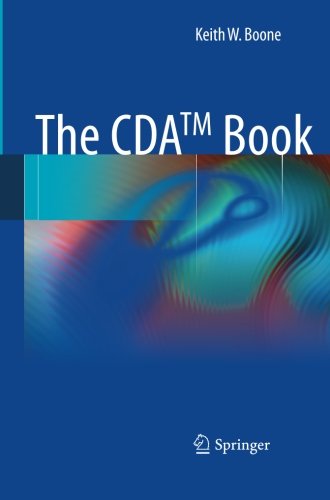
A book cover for The CDA TM book; Keith W. Boone; Science & Math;